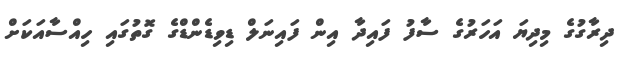
ދިރާގުގެ މިދިޔަ އަހަރުގެ ސާފު ފައިދާ އިން ފައިނަލް ޑިވިޑެންޑްގެ ގޮތުގައި ހިއްސާއަކަށް